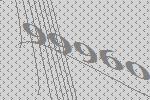
99960